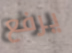
يرفع